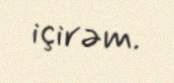
içirəm.